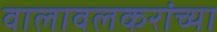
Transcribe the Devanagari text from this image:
वालावलकरांच्या